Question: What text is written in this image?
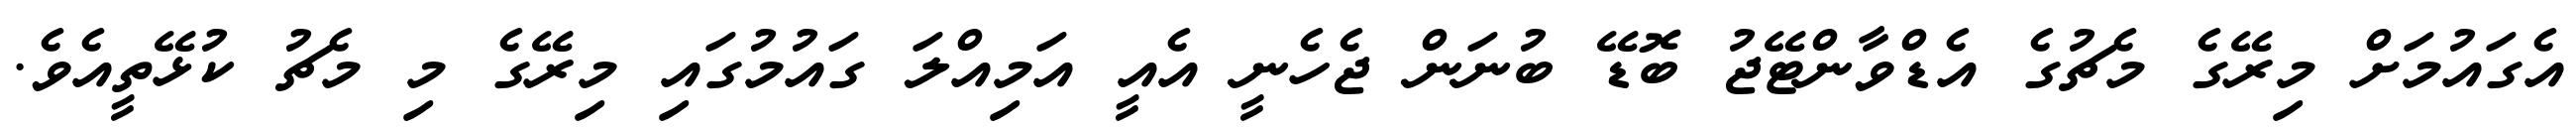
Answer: އެގައުމަށް މިރޭގެ މެޗުގެ އެޑްވާންޓޭޖު ބޮޑޭ ބުނަން ޖެހެނީ އެއީ އަމިއްލަ ގައުމުގައި މިރޭގެ މި މެޗު ކުޅޭތީއެވެ.